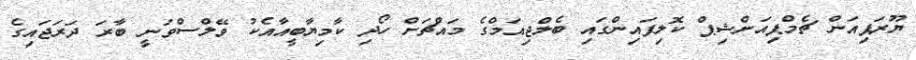
ޔޫރަޕިއަން ޗެމްޕިއަންޝިޕް ކޮލިފައިންގައި ބެލްޖިއަމްގެ މައްޗަށް ހޯދި ކާމިޔާބީއާއެކު ވޭލްސްވަނީ ބާރަ ދަރަޖައިގެ